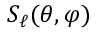
S _ { \ell } ( \theta , \varphi )